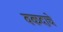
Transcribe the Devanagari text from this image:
वकदाचे